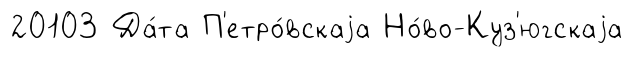
20103 Да́та П'етро́вскаjа Но́во-Куз'югскаjа